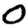
Digit: 0